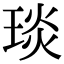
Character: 琰